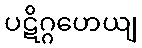
ပဋိဂ္ဂဟေယျ